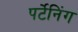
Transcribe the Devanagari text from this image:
पर्टेनिंग